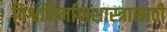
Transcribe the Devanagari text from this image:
विश्वनिर्माणशास्त्रासाठी